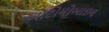
ઑટોમોબાઇલ